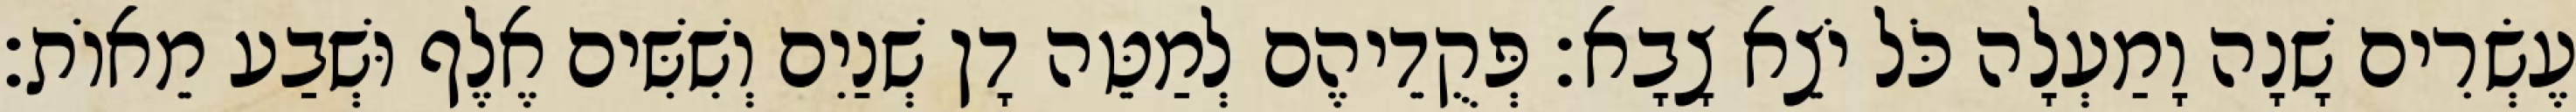
עֶשְׂרִים שָׁנָה וָמַעְלָה כֹּל יֹצֵא צָבָא׃ פְּקֻדֵיהֶם לְמַטֵּה דָן שְׁנַיִם וְשִׁשִּׁים אֶלֶף וּשְׁבַע מֵאוֹת׃